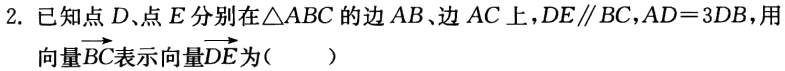
2. 已知点\(D\)、点\(E\)分别在\(\triangle ABC\)的边\(AB\)、边\(AC\)上，\(DE\parallel BC\)，\(AD = 3DB\)，用向量\(\overrightarrow{BC}\)表示向量\(\overrightarrow{DE}\)为（  ）